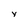
Character: y